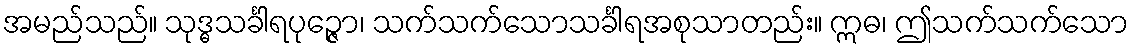
အမည်သည်။ သုဒ္ဓသင်္ခါရပုဉ္ဇော၊ သက်သက်သောသင်္ခါရအစုသာတည်း။ ဣဓ၊ ဤသက်သက်သော